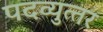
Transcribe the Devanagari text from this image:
पदव्‍युत्‍तर